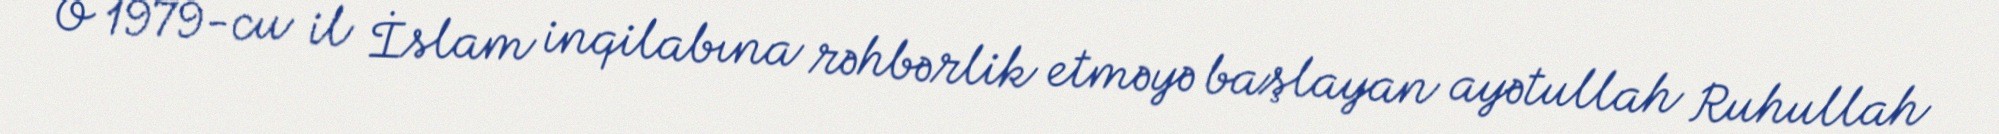
O 1979-cu il İslam inqilabına rəhbərlik etməyə başlayan ayətullah Ruhullah